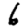
Digit: 6